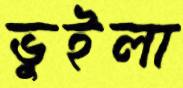
ভুইলা